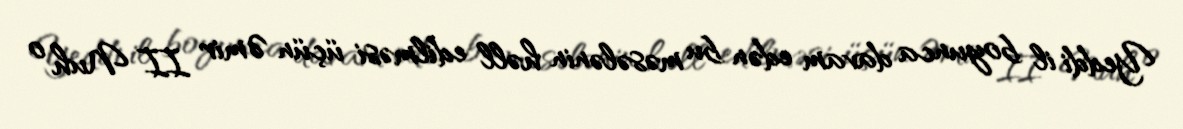
Yeddi il boyunca davam edən bu məsələnin həll edilməsi üçün Əmir II Nuh o